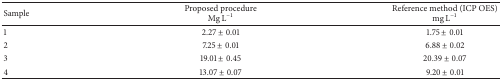
<table><thead><tr><td><b>Sample</b></td><td><b>Proposed procedureMg L<sup>−1</sup></b></td><td><b>Reference method(ICP OES) mg L<sup>−1</sup></b></td></tr></thead><tbody><tr><td>1</td><td>2.27 ± 0.01</td><td>1.75 ± 0.01</td></tr><tr><td>2</td><td>7.25 ± 0.01</td><td>6.88 ± 0.02</td></tr><tr><td>3</td><td>19.01 ± 0.45</td><td>20.39 ± 0.07</td></tr><tr><td>4</td><td>13.07 ± 0.07</td><td>9.20 ± 0.01</td></tr></tbody></table>